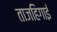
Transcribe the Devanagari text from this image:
ताजहिगाई